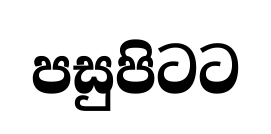
පසුපිටට